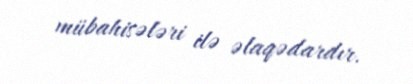
mübahisələri ilə əlaqədardır.